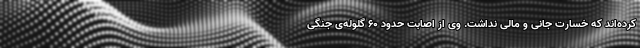
کرده‌اند که خسارت جانی و مالی نداشت. وی از اصابت حدود ۶۰ گلوله‌ی جنگی